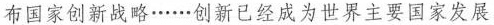
布国家创新战略······创新已经成为世界主要国家发展